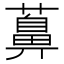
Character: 䕗